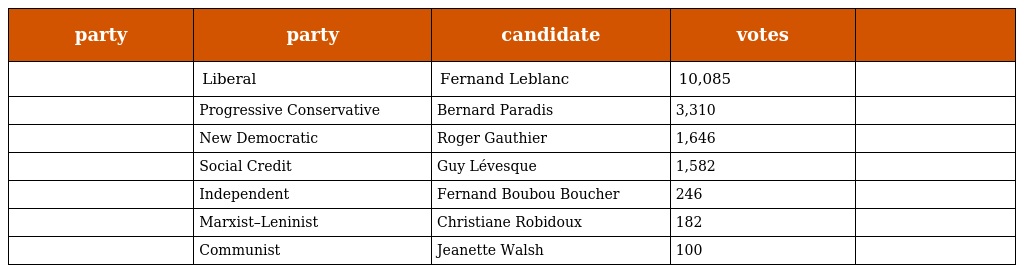
| party | party | candidate | votes |  |
 | --- | --- | --- | --- | --- |
 |  | Liberal | Fernand Leblanc | 10,085 |  |
 |  | Progressive Conservative | Bernard Paradis | 3,310 |  |
 |  | New Democratic | Roger Gauthier | 1,646 |  |
 |  | Social Credit | Guy Lévesque | 1,582 |  |
 |  | Independent | Fernand Boubou Boucher | 246 |  |
 |  | Marxist–Leninist | Christiane Robidoux | 182 |  |
 |  | Communist | Jeanette Walsh | 100 |  |